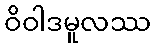
ဝိဝါဒမူလဿ